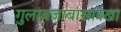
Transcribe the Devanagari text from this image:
गुलाबजांबांसारखा